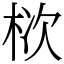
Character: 栨